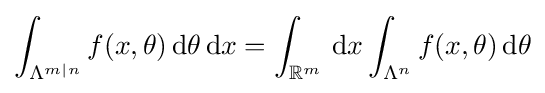
\int _{\Lambda ^{m\mid n}}f(x,\theta )\,\mathrm {d} \theta \,\mathrm {d} x=\int _{\mathbb {R} ^{m}}\,\mathrm {d} x\int _{\Lambda ^{n}}f(x,\theta )\,\mathrm {d} \theta